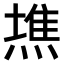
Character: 𤍫